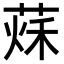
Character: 𦵒